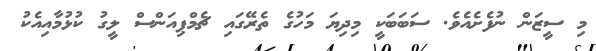
މި ސީޒަން ނުފެށެއެވެ. ސަބަބަކީ މިދިޔަ މަހުގެ ތެރޭގައި ޗެމްޕިއަންސް ލީގު ކުޅުމާއިއެކު